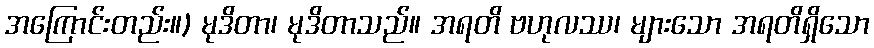
အကြောင်းတည်း။) မုဒိတာ၊ မုဒိတာသည်။ အရတိ ဗဟုလဿ၊ များသော အရတိရှိသော